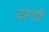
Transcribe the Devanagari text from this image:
दरगो